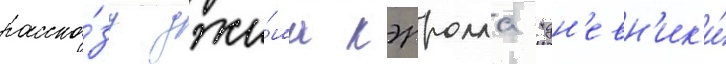
расска́зу джи́ма кэрролла "дн'евн'ик'и́